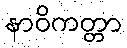
နာဝိကတ္တာ